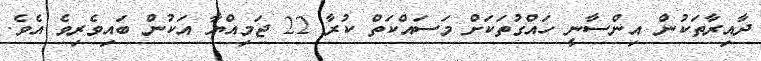
ދާއިރާތަކުން އިންސާނީ ހައްގުތަކަށް މަސައްކަތް ކުރާ 22 ޖަމިއްޔާ އަކުން ބައިވެރިވެ އެވެ.